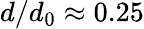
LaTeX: d/d_{0}\approx 0.25